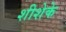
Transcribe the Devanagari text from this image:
शीशेके